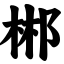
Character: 郴